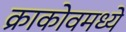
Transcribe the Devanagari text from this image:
क्राकोवमध्ये